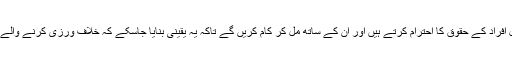
لائف بوگر میں ، ہم حق اشاعت کے حامل افراد کے حقوق کا احترام کرتے ہیں اور ان کے ساتھ مل کر کام کریں گے تاکہ یہ یقینی بنایا جاسکے کہ خلاف ورزی کرنے والے مواد کو ہماری خدمت سے ہٹا دیا جائے۔